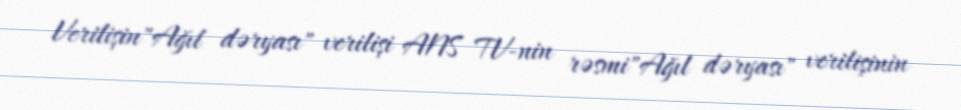
Verilişin"Ağıl dəryası" verilişi ANS TV-nin rəsmi"Ağıl dəryası" verilişinin